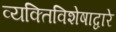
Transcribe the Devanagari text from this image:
व्यक्तिविशेषाद्वारे